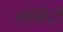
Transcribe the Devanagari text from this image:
सोसैटी